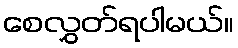
စေလွှတ်ရပါမယ်။